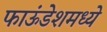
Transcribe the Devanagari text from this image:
फाऊंडेशमध्ये